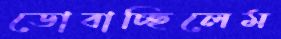
ডোবাচ্ছিলেম